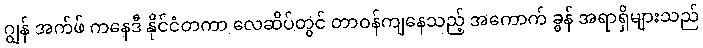
ဂျွန် အက်ဖ် ကနေဒီ နိုင်ငံတကာ လေဆိပ်တွင် တာဝန်ကျနေသည့် အကောက် ခွန် အရာရှိများသည်